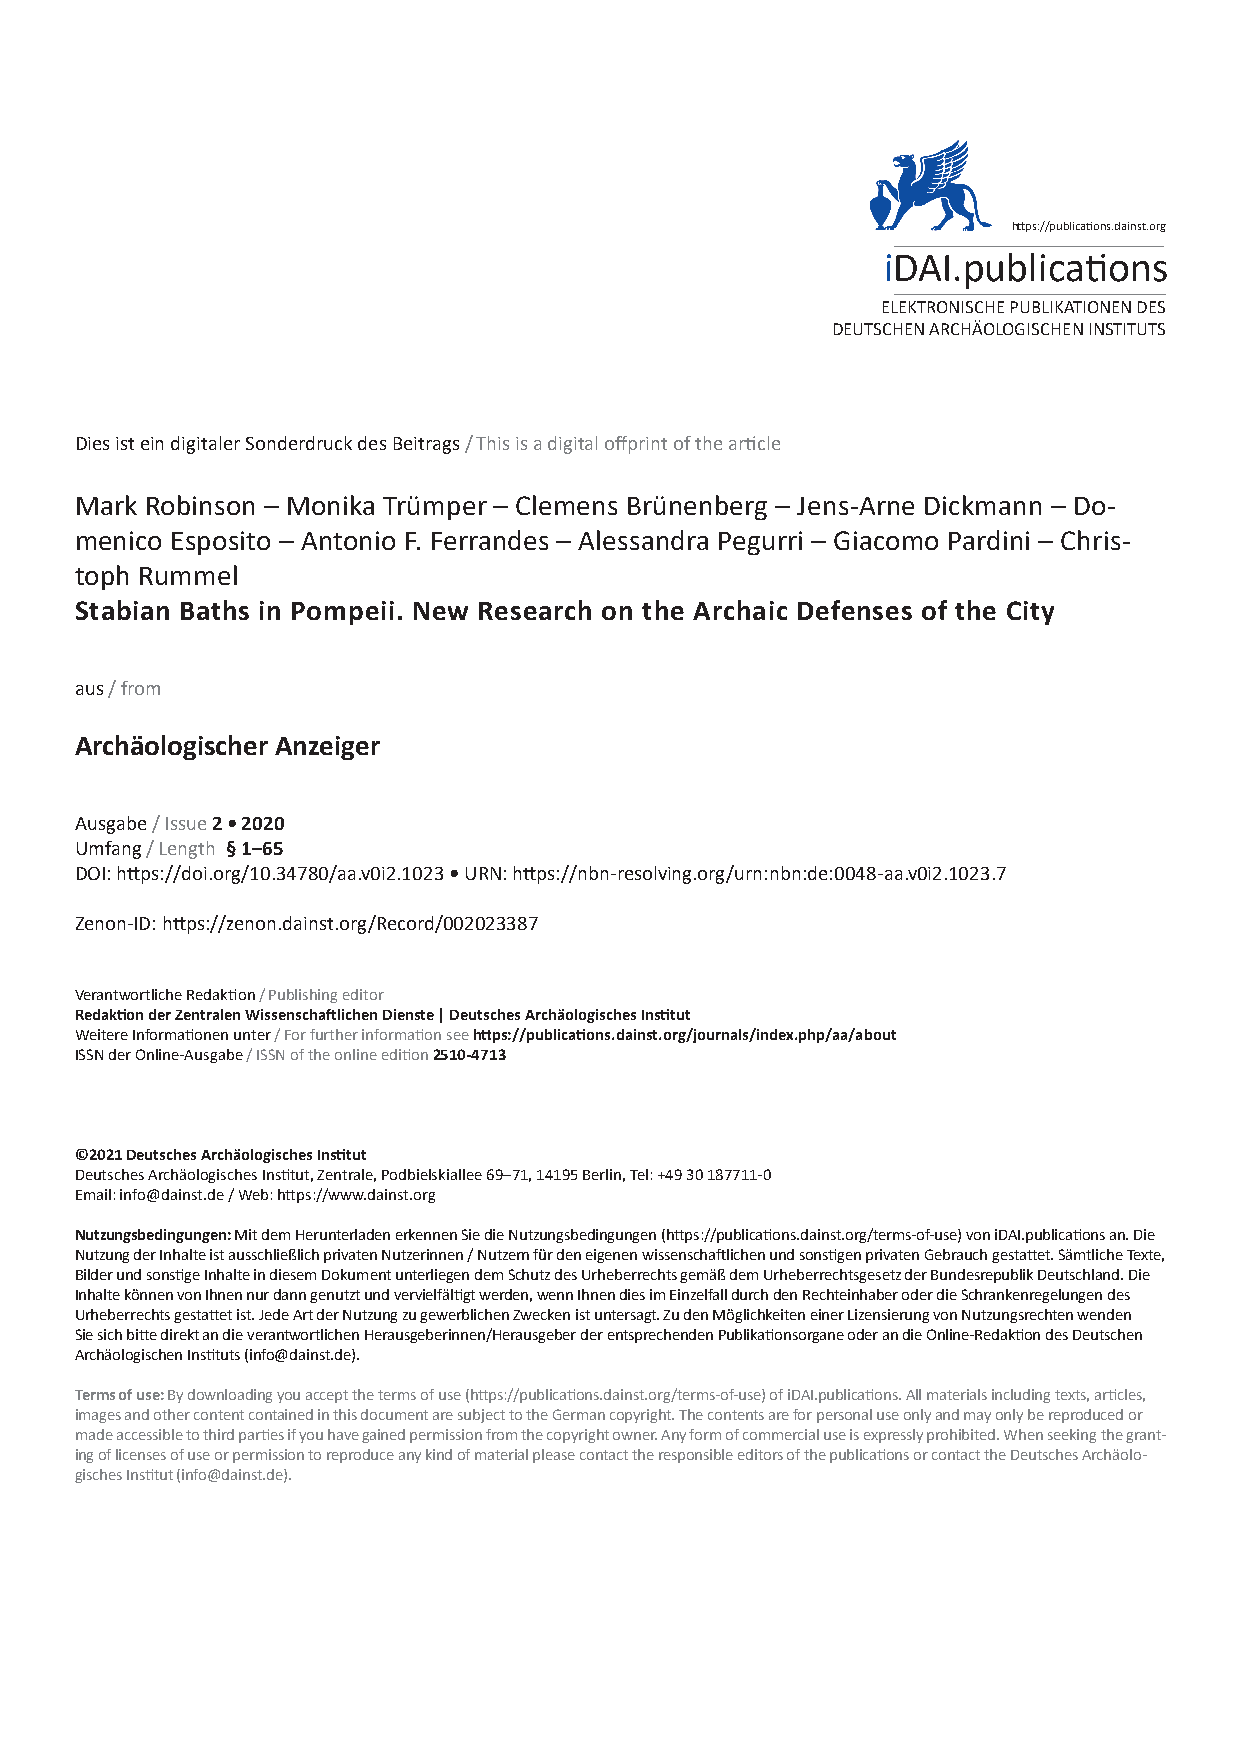
https://publications.dainst.org
 iDAI.publications
 ELEKTRONISCHE PUBLIKATIONEN DES
 DEUTSCHEN ARCHÄOLOGISCHEN INSTITUTS
 Dies ist ein digitaler Sonderdruck des Beitrags / This is a digital offprint of the article
 Mark Robinson – Monika Trümper – Clemens Brünenberg – Jens-Arne Dickmann – Do-
 menico Esposito – Antonio F. Ferrandes – Alessandra Pegurri – Giacomo Pardini – Chris-
 toph Rummel
 Stabian Baths in Pompeii. New Research on the Archaic Defenses of the City
 aus / from
 Archäologischer Anzeiger
 Ausgabe / Issue 2 • 2020
 Umfang / Length § 1–65
 DOI: https://doi.org/10.34780/aa.v0i2.1023 • URN: https://nbn-resolving.org/urn:nbn:de:0048-aa.v0i2.1023.7
 Zenon-ID: https://zenon.dainst.org/Record/002023387
 Verantwortliche Redaktion / Publishing editor
 Redaktion der Zentralen Wissenschaftlichen Dienste | Deutsches Archäologisches Institut
 Weitere Informationen unter / For further information see https://publications.dainst.org/journals/index.php/aa/about
 ISSN der Online-Ausgabe / ISSN of the online edition 2510-4713
 ©2021 Deutsches Archäologisches Institut
 Deutsches Archäologisches Institut, Zentrale, Podbielskiallee 69–71, 14195 Berlin, Tel: +49 30 187711-0
 Email: info@dainst.de / Web: https://www.dainst.org
 Nutzungsbedingungen: Mit dem Herunterladen erkennen Sie die Nutzungsbedingungen (https://publications.dainst.org/terms-of-use) von iDAI.publications an. Die
 Nutzung der Inhalte ist ausschließlich privaten Nutzerinnen / Nutzern für den eigenen wissenschaftlichen und sonstigen privaten Gebrauch gestattet. Sämtliche Texte,
 Bilder und sonstige Inhalte in diesem Dokument unterliegen dem Schutz des Urheberrechts gemäß dem Urheberrechtsgesetz der Bundesrepublik Deutschland. Die
 Inhalte können von Ihnen nur dann genutzt und vervielfältigt werden, wenn Ihnen dies im Einzelfall durch den Rechteinhaber oder die Schrankenregelungen des
 Urheberrechts gestattet ist. Jede Art der Nutzung zu gewerblichen Zwecken ist untersagt. Zu den Möglichkeiten einer Lizensierung von Nutzungsrechten wenden
 Sie sich bitte direkt an die verantwortlichen Herausgeberinnen/Herausgeber der entsprechenden Publikationsorgane oder an die Online-Redaktion des Deutschen
 Archäologischen Instituts (info@dainst.de).
 Terms of use: By downloading you accept the terms of use (https://publications.dainst.org/terms-of-use) of iDAI.publications. All materials including texts, articles,
 images and other content contained in this document are subject to the German copyright. The contents are for personal use only and may only be reproduced or
 made accessible to third parties if you have gained permission from the copyright owner. Any form of commercial use is expressly prohibited. When seeking the grant-
 ing of licenses of use or permission to reproduce any kind of material please contact the responsible editors of the publications or contact the Deutsches Archäolo-
 gisches Institut (info@dainst.de).